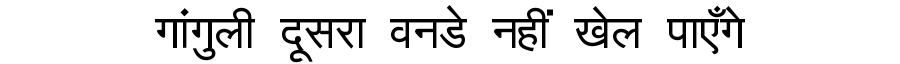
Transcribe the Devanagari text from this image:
गांगुली दूसरा वनडे नहीं खेल पाएँगे